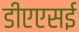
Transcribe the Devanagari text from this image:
डीएएसई